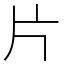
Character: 片